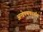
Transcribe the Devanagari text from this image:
अन्वेषणकार्यात